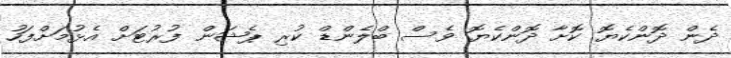
ދެން ދޮންކެޔޮ ކޮށާ ދޮންކެޔޮ ވެސް ބްލެންޑް ކުރި ޕެޝަން ފުރުޓަށް އެޅުމަށްފަހު